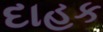
દાહક